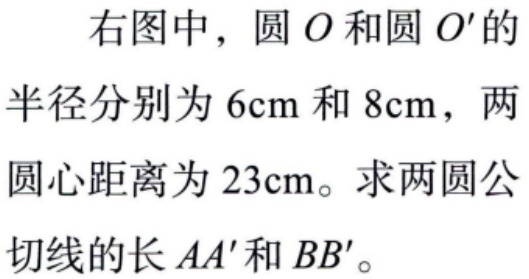
右图中，圆 \(O\) 和圆 \(O'\) 的半径分别为 \(6\text{cm}\) 和 \(8\text{cm}\)，两圆心距离为 \(23\text{cm}\)。求两圆公切线的长 \(AA'\) 和 \(BB'\)。